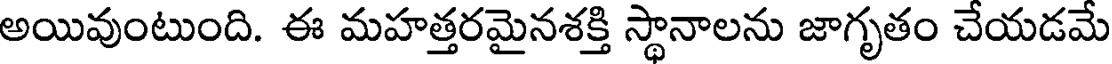
అయివుంటుంది. ఈ మహత్తరమైనశక్తి స్థానాలను జాగృతం చేయడమే